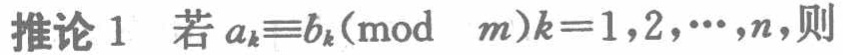
推论1 若\(a_{k}\equiv b_{k}(\text{mod } m)k = 1,2,\cdots,n\)，则